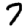
Digit: 7